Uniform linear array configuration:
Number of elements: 8
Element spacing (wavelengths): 1
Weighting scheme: blackman
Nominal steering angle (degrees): -15
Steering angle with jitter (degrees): -15.892
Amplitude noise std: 0.05
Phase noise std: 0.05

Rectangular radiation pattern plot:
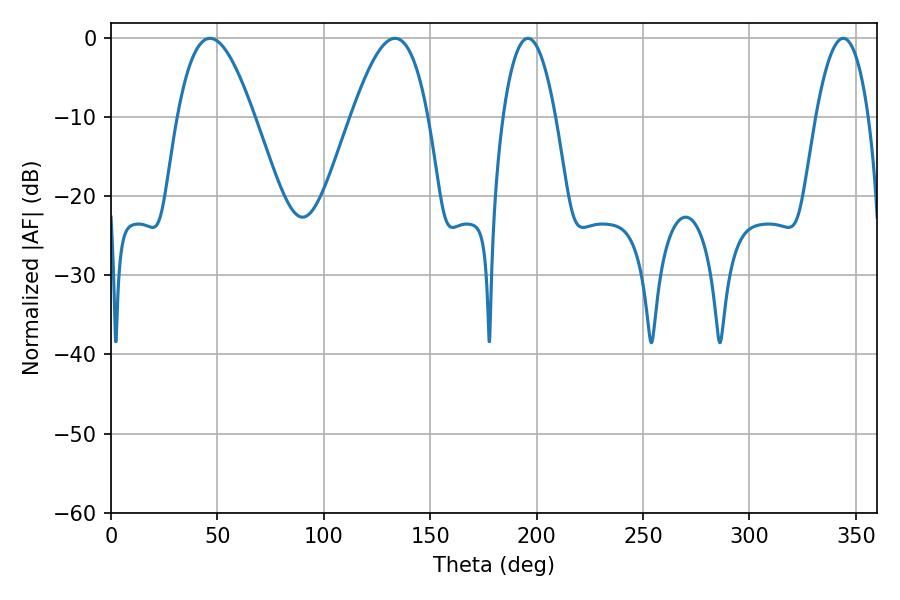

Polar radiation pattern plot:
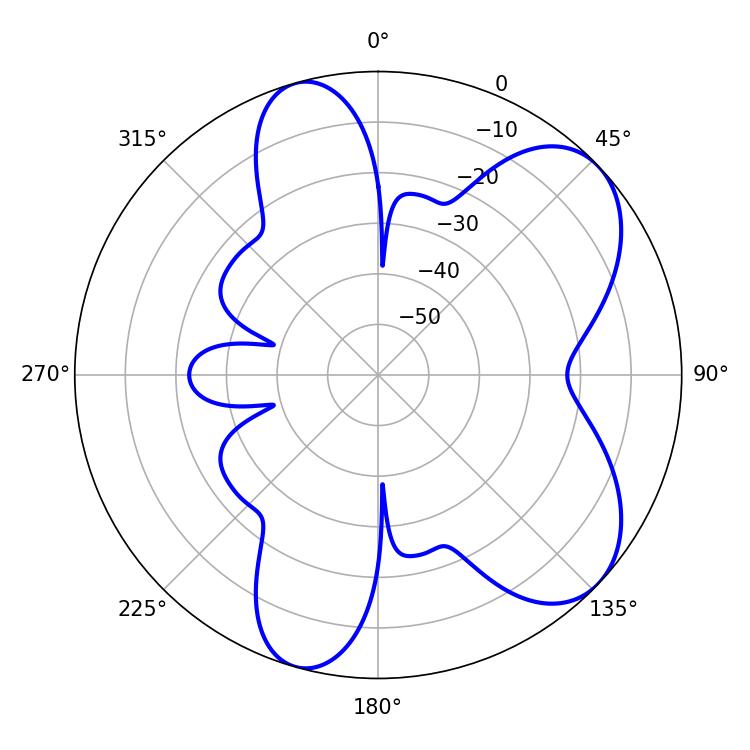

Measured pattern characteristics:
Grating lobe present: TRUE
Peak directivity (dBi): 6.95
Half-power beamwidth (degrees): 19.44
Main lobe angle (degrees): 46.62